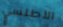
الأطلسي